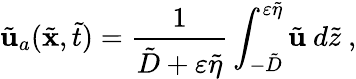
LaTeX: \tilde{\mathbf{u}}_{a}(\tilde{\mathbf{x}},\tilde{t})=\frac{1}{\tilde{D}+\varepsilon\tilde{\eta}}\int_{-\tilde{D}}^{\varepsilon\tilde{\eta}}\tilde{\mathbf{u}}~d\tilde{z}\ ,